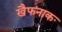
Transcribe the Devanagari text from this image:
खैफनाक